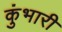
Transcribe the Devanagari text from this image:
कुंभारी